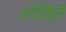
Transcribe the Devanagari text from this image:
ओर्विले